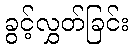
ခွင့်လွှတ်ခြင်း